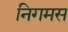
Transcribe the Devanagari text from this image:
निगमस